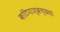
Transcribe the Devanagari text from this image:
कटिपाश्व्रच्छदा